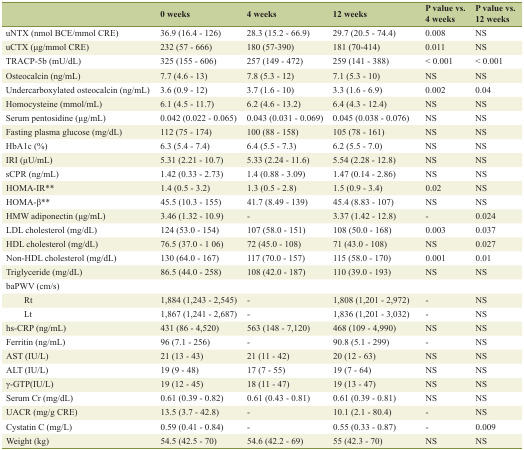
<table><thead><tr><td></td><td><b>0 weeks</b></td><td><b>4 weeks</b></td><td><b>12 weeks</b></td><td><b>P value vs. 4 weeks</b></td><td><b>P value vs. 12 weeks</b></td></tr></thead><tbody><tr><td>uNTX (nmol BCE/mmol CRE)</td><td>36.9 (16.4 - 126)</td><td>28.3 (15.2 - 66.9)</td><td>29.7 (20.5 - 74.4)</td><td>0.008</td><td>NS</td></tr><tr><td>uCTX (μg/mmol CRE)</td><td>232 (57 - 666)</td><td>180 (57-390)</td><td>181 (70-414)</td><td>0.011</td><td>NS</td></tr><tr><td>TRACP-5b (mU/dL)</td><td>325 (155 - 606)</td><td>257 (149 - 472)</td><td>259 (141 - 388)</td><td>&lt; 0.001</td><td>&lt; 0.001</td></tr><tr><td>Osteocalcin (ng/mL)</td><td>7.7 (4.6 - 13)</td><td>7.8 (5.3 - 12)</td><td>7.1 (5.3 - 10)</td><td>NS</td><td>NS</td></tr><tr><td>Undercarboxylated osteocalcin (ng/mL)</td><td>3.6 (0.9 - 12)</td><td>3.7 (1.6 - 10)</td><td>3.3 (1.6 - 6.9)</td><td>0.002</td><td>0.04</td></tr><tr><td>Homocysteine (mmol/mL)</td><td>6.1 (4.5 - 11.7)</td><td>6.2 (4.6 - 13.2)</td><td>6.4 (4.3 - 12.4)</td><td>NS</td><td>NS</td></tr><tr><td>Serum pentosidine (μg/mL)</td><td>0.042 (0.022 - 0.065)</td><td>0.043 (0.031 - 0.069)</td><td>0.045 (0.038 - 0.076)</td><td>NS</td><td>NS</td></tr><tr><td>Fasting plasma glucose (mg/dL)</td><td>112 (75 - 174)</td><td>100 (88 - 158)</td><td>105 (78 - 161)</td><td>NS</td><td>NS</td></tr><tr><td>HbA1c (%)</td><td>6.3 (5.4 - 7.4)</td><td>6.4 (5.5 - 7.3)</td><td>6.2 (5.5 - 7.0)</td><td>NS</td><td>NS</td></tr><tr><td>IRI (μU/mL)</td><td>5.31 (2.21 - 10.7)</td><td>5.33 (2.24 - 11.6)</td><td>5.54 (2.28 - 12.8)</td><td>NS</td><td>NS</td></tr><tr><td>sCPR (ng/mL)</td><td>1.42 (0.33 - 2.73)</td><td>1.4 (0.88 - 3.09)</td><td>1.47 (0.14 - 2.86)</td><td>NS</td><td>NS</td></tr><tr><td>HOMA-IR**</td><td>1.4 (0.5 - 3.2)</td><td>1.3 (0.5 - 2.8)</td><td>1.5 (0.9 - 3.4)</td><td>0.02</td><td>NS</td></tr><tr><td>HOMA-β**</td><td>45.5 (10.3 - 155)</td><td>41.7 (8.49 - 139)</td><td>45.4 (8.83 - 107)</td><td>NS</td><td>NS</td></tr><tr><td>HMW adiponectin (μg/mL)</td><td>3.46 (1.32 - 10.9)</td><td>-</td><td>3.37 (1.42 - 12.8)</td><td>-</td><td>0.024</td></tr><tr><td>LDL cholesterol (mg/dL)</td><td>124 (53.0 - 154)</td><td>107 (58.0 - 151)</td><td>108 (50.0 - 168)</td><td>0.003</td><td>0.037</td></tr><tr><td>HDL cholesterol (mg/dL)</td><td>76.5 (37.0 - 1 06)</td><td>72 (45.0 - 108)</td><td>71 (43.0 - 108)</td><td>NS</td><td>0.027</td></tr><tr><td>Non-HDL cholesterol (mg/dL)</td><td>130 (64.0 - 167)</td><td>117 (70.0 - 157)</td><td>115 (58.0 - 170)</td><td>0.001</td><td>0.01</td></tr><tr><td>Triglyceride (mg/dL)</td><td>86.5 (44.0 - 258)</td><td>108 (42.0 - 187)</td><td>110 (39.0 - 193)</td><td>NS</td><td>NS</td></tr><tr><td>baPWV (cm/s)</td><td></td><td></td><td></td><td></td><td></td></tr><tr><td>Rt</td><td>1,884 (1,243 - 2,545)</td><td>-</td><td>1,808 (1,201 - 2,972)</td><td>-</td><td>NS</td></tr><tr><td>Lt</td><td>1,867 (1,241 - 2,687)</td><td>-</td><td>1,836 (1,201 - 3,032)</td><td>-</td><td>NS</td></tr><tr><td>hs-CRP (ng/mL)</td><td>431 (86 - 4,520)</td><td>563 (148 - 7,120)</td><td>468 (109 - 4,990)</td><td>NS</td><td>NS</td></tr><tr><td>Ferritin (ng/mL)</td><td>96 (7.1 - 256)</td><td>-</td><td>90.8 (5.1 - 299)</td><td>-</td><td>NS</td></tr><tr><td>AST (IU/L)</td><td>21 (13 - 43)</td><td>21 (11 - 42)</td><td>20 (12 - 63)</td><td>NS</td><td>NS</td></tr><tr><td>ALT (IU/L)</td><td>19 (9 - 48)</td><td>17 (7 - 55)</td><td>19 (7 - 64)</td><td>NS</td><td>NS</td></tr><tr><td>γ-GTP(IU/L)</td><td>19 (12 - 45)</td><td>18 (11 - 47)</td><td>19 (13 - 47)</td><td>NS</td><td>NS</td></tr><tr><td>Serum Cr (mg/dL)</td><td>0.61 (0.39 - 0.82)</td><td>0.61 (0.43 - 0.81)</td><td>0.61 (0.39 - 0.81)</td><td>NS</td><td>NS</td></tr><tr><td>UACR (mg/g CRE)</td><td>13.5 (3.7 - 42.8)</td><td>-</td><td>10.1 (2.1 - 80.4)</td><td>-</td><td>NS</td></tr><tr><td>Cystatin C (mg/L)</td><td>0.59 (0.41 - 0.84)</td><td>-</td><td>0.55 (0.33 - 0.87)</td><td>-</td><td>0.009</td></tr><tr><td>Weight (kg)</td><td>54.5 (42.5 - 70)</td><td>54.6 (42.2 - 69)</td><td>55 (42.3 - 70)</td><td>NS</td><td>NS</td></tr></tbody></table>